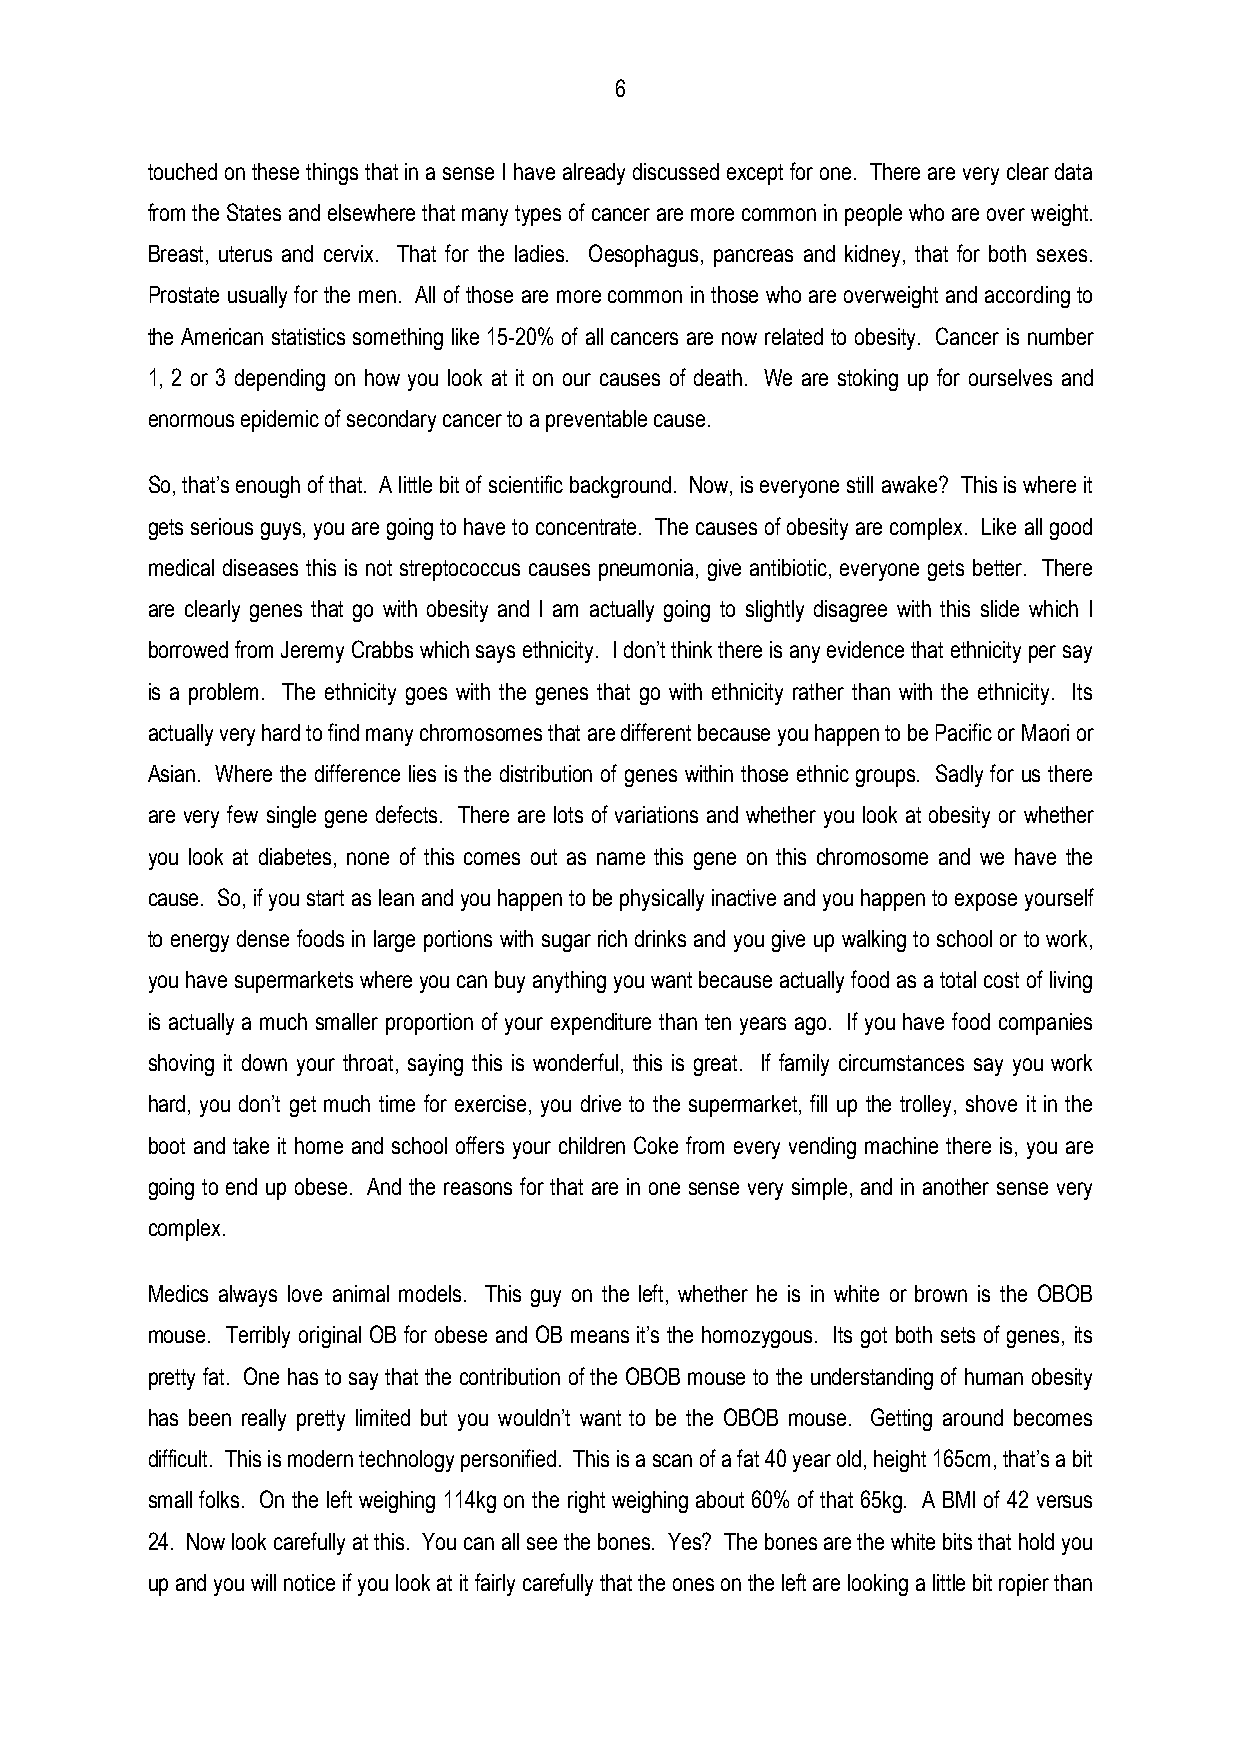
6
 touched on these things that in a sense I have already discussed except for one. There are very clear data
 from the States and elsewhere that many types of cancer are more common in people who are over weight.
 Breast, uterus and cervix. That for the ladies. Oesophagus, pancreas and kidney, that for both sexes.
 Prostate usually for the men. All of those are more common in those who are overweight and according to
 the American statistics something like 15-20% of all cancers are now related to obesity. Cancer is number
 1, 2 or 3 depending on how you look at it on our causes of death. We are stoking up for ourselves and
 enormous epidemic of secondary cancer to a preventable cause.
 So, that’s enough of that. A little bit of scientific background. Now, is everyone still awake? This is where it
 gets serious guys, you are going to have to concentrate. The causes of obesity are complex. Like all good
 medical diseases this is not streptococcus causes pneumonia, give antibiotic, everyone gets better. There
 are clearly genes that go with obesity and I am actually going to slightly disagree with this slide which I
 borrowed from Jeremy Crabbs which says ethnicity. I don’t think there is any evidence that ethnicity per say
 is a problem. The ethnicity goes with the genes that go with ethnicity rather than with the ethnicity. Its
 actually very hard to find many chromosomes that are different because you happen to be Pacific or Maori or
 Asian. Where the difference lies is the distribution of genes within those ethnic groups. Sadly for us there
 are very few single gene defects. There are lots of variations and whether you look at obesity or whether
 you look at diabetes, none of this comes out as name this gene on this chromosome and we have the
 cause. So, if you start as lean and you happen to be physically inactive and you happen to expose yourself
 to energy dense foods in large portions with sugar rich drinks and you give up walking to school or to work,
 you have supermarkets where you can buy anything you want because actually food as a total cost of living
 is actually a much smaller proportion of your expenditure than ten years ago. If you have food companies
 shoving it down your throat, saying this is wonderful, this is great. If family circumstances say you work
 hard, you don’t get much time for exercise, you drive to the supermarket, fill up the trolley, shove it in the
 boot and take it home and school offers your children Coke from every vending machine there is, you are
 going to end up obese. And the reasons for that are in one sense very simple, and in another sense very
 complex.
 Medics always love animal models. This guy on the left, whether he is in white or brown is the OBOB
 mouse. Terribly original OB for obese and OB means it’s the homozygous. Its got both sets of genes, its
 pretty fat. One has to say that the contribution of the OBOB mouse to the understanding of human obesity
 has been really pretty limited but you wouldn’t want to be the OBOB mouse. Getting around becomes
 difficult. This is modern technology personified. This is a scan of a fat 40 year old, height 165cm, that’s a bit
 small folks. On the left weighing 114kg on the right weighing about 60% of that 65kg. A BMI of 42 versus
 24. Now look carefully at this. You can all see the bones. Yes? The bones are the white bits that hold you
 up and you will notice if you look at it fairly carefully that the ones on the left are looking a little bit ropier than